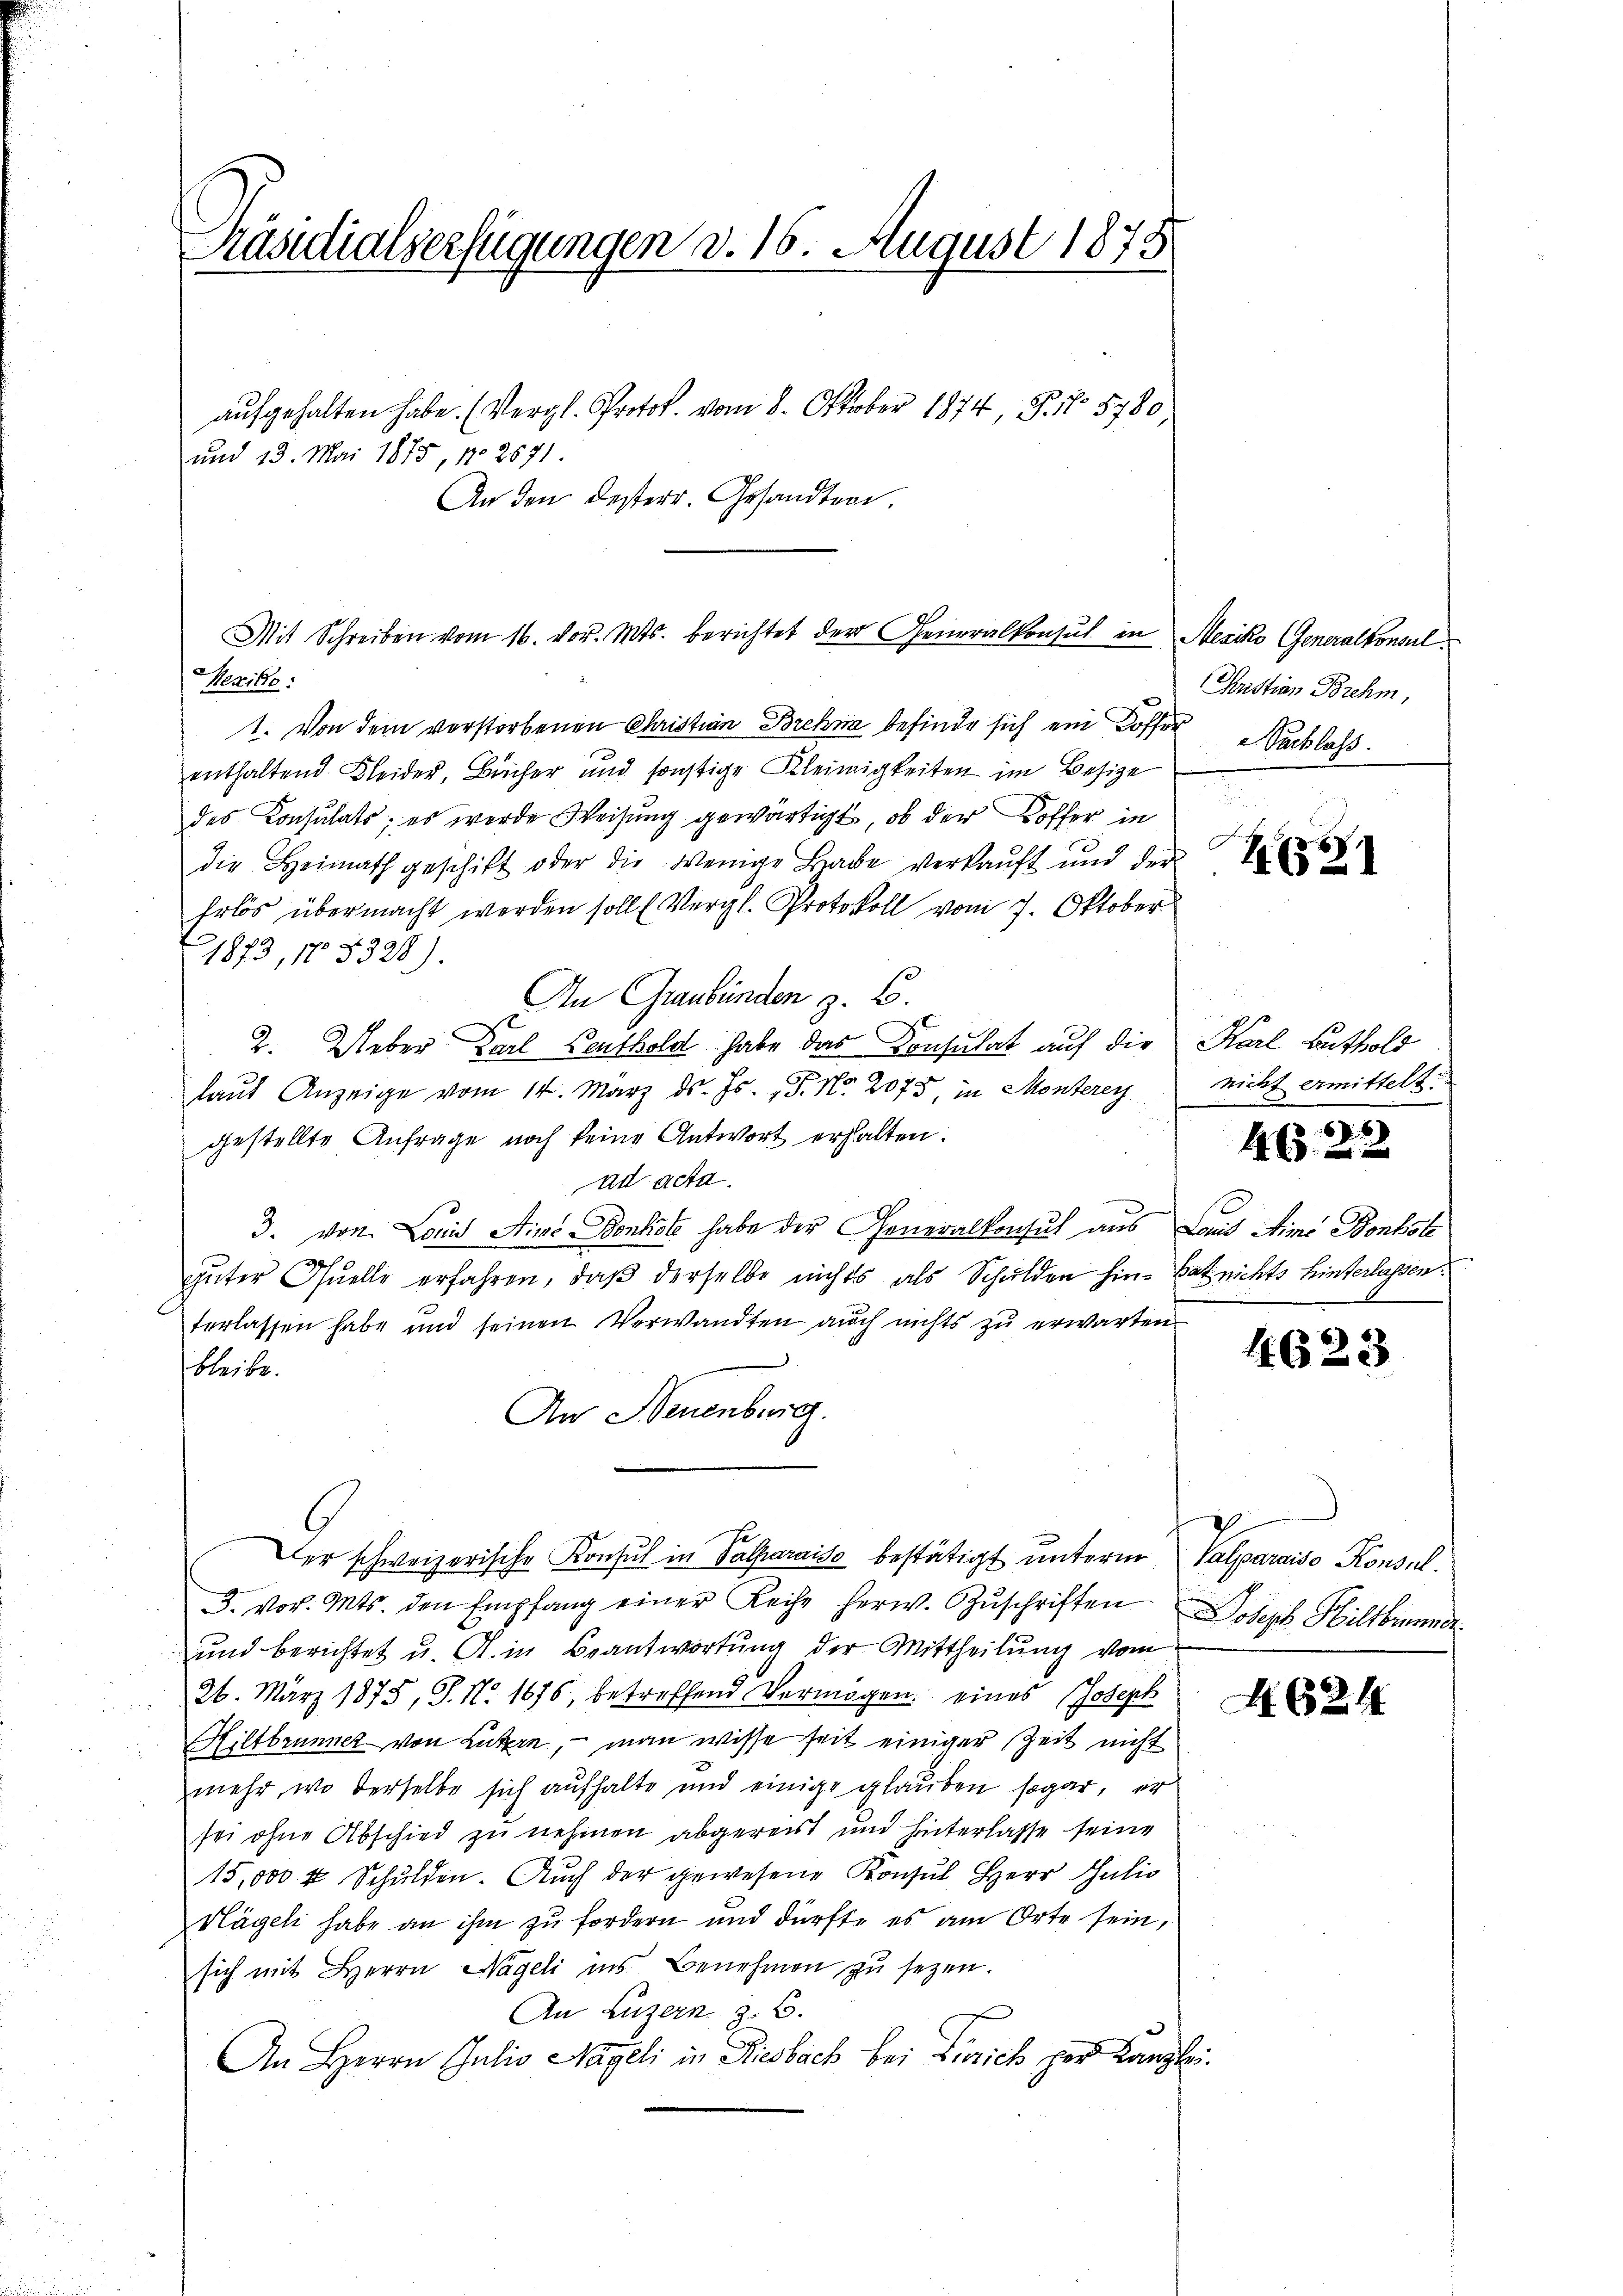
Präsidialverfügungen d. 16. August 1878

Mexike:
1. Von dem verstorbenen Christian Brehn befinde sich ein Koffer Nachlass
enthaltend Kleider, Bücher und sonstige Kleinigkeiten im Besize
des Konsulats; es wurde Weisung gewärtigt, ob der Koffer in
die Heimath geschikt oder die Wenige Brade verkaŭft und der
Erlös übermacht werden soll (Vergl. Protokoll vom 7. Oktober
1873, No 8328).
An Graubünden z. B.
2. Ueber Karl Leuthold habe das Konsulat auf die Karl Luthold
laŭt Anzeige vom 14. März d. Js. f. No. 2075 in Monterey nicht ermittelt:
gestellte Anfrage noch keine Antwort erhalten.
ad acta.
3. von Louis Fins Bonköte habe der Generalkonsul aus Laus Aime Bontste
32
güter Quelle erfahren, daß derselbe nichts als Schulden hin-Bat nichts hinterlassen.
terlassen habe und seinen Verwandten auch nichts zu erwarten
bleibe.
An Neuenburg.
Der schweizerische Konsul in Valmaraiso bestätigt unterm Salparaiso Konsul¬
. vor. Mts. den Empfang einer Reihe herw. Zŭschriften Joseph Hiltbinde
und berichtet u. A. in Beantwortung der Mittheilung vom
26. März 1875, S. N. 1676, betreffend Vermögen eines Joseph
Hiltbrunner von Lutzen, – man wisse seit einiger Zeit nicht
mehr, wo derselbe sich aufhalte und einige glauben sogar, er
sei ohne Abschied zu nehmen abgereist und hinterlasse seine
15,000 & Schulden. Auch der gewesene Konsul Herr Julio
Hägeli habe an ihm zu fordern und dürfte es am Orte sein,
sich mit Herrn Nageli ins Benehmen zŭ sezen.
An Luzern z. B.
An Herrn Julio Nageli in Riesbach bei Zürich per Kanzlei.

aufgehalten habe. (Vergl. Protok. vom 8. Oktober 1874, P. No 5780)
und 13. Mai 1875, No 2671
An den Besterr. Gesandten.

Mit Schreiben vom 16. vor. Mts. berichtet der Generalkonsul in Mesiko Generalkonsul

Cristian Brehm,

E

Z. 631

6

4 f 0 x

4623

A. 624.